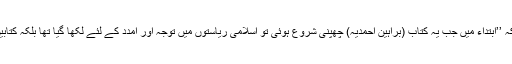
اس میں بھی آپؑ لکھتے ہیں کہ ’’ابتداء میں جب یہ کتاب (براہین احمدیہ) چھپنی شروع ہوئی تو اسلامی ریاستوں میں توجہ اور امدد کے لئے لکھا گیا تھا بلکہ کتابیں بھی ساتھ بھیجی گئی تھیں۔